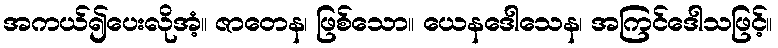
အကယ်၍ပေးလိုအံ့။ ဇာတေန၊ ဖြစ်သော။ ယေနဒေါသေန၊ အကြင်ဒေါသဖြင့်။